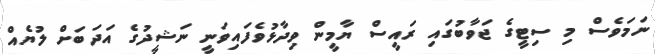
ނަމަވެސް މި ސިޓީގެ ޖަވާބުގައި ރައީސް ޔާމީން ވިދާޅުވެފައިވަނީ ނަޝީދުގެ އަދަބަށް ލުޔެއް